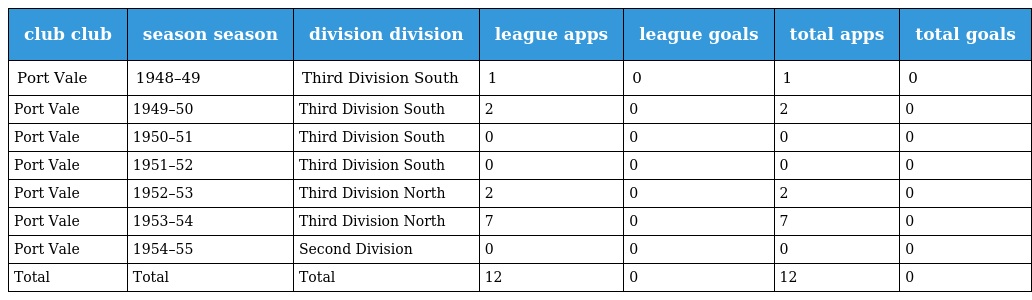
| club club | season season | division division | league apps | league goals | total apps | total goals |
 | --- | --- | --- | --- | --- | --- | --- |
 | Port Vale | 1948–49 | Third Division South | 1 | 0 | 1 | 0 |
 | Port Vale | 1949–50 | Third Division South | 2 | 0 | 2 | 0 |
 | Port Vale | 1950–51 | Third Division South | 0 | 0 | 0 | 0 |
 | Port Vale | 1951–52 | Third Division South | 0 | 0 | 0 | 0 |
 | Port Vale | 1952–53 | Third Division North | 2 | 0 | 2 | 0 |
 | Port Vale | 1953–54 | Third Division North | 7 | 0 | 7 | 0 |
 | Port Vale | 1954–55 | Second Division | 0 | 0 | 0 | 0 |
 | Total | Total | Total | 12 | 0 | 12 | 0 |